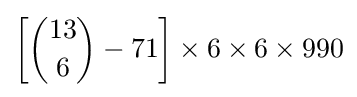
\left[{13 \choose 6}-71\right]\times 6\times 6\times 990